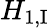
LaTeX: H_{1,{\mathrm{I}}}